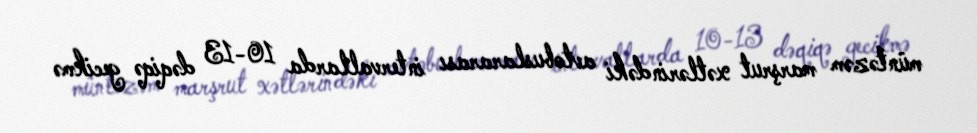
müntəzəm marşrut xətlərindəki avtobuslararası intervallarda 10-13 dəqiqə gecikmə